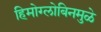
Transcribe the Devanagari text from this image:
हिमोग्लोबिनमुळे